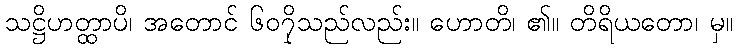
သဋ္ဌိဟတ္ထာပိ၊ အတောင် ၆၀၇ှိသည်လည်း။ ဟောတိ၊ ၏။ တိရိယတော၊ မှ။